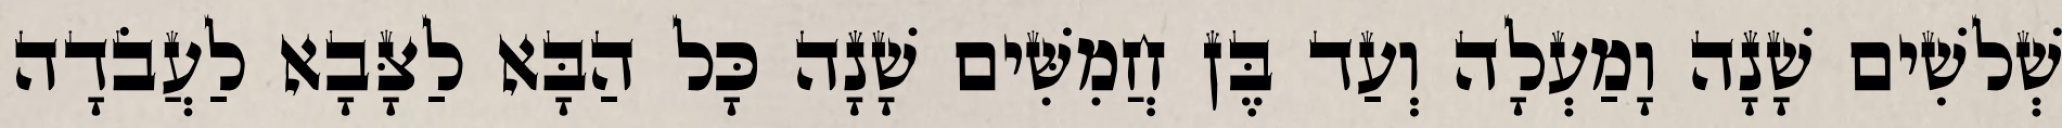
שְׁלשִׁים שָׁנָה וָמַעְלָה וְעַד בֶּן חֲמִשִּׁים שָׁנָה כָּל הַבָּא לַצָּבָא לַעֲבֹדָה